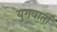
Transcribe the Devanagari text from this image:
युगवार्ता